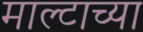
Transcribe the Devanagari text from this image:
माल्टाच्या